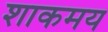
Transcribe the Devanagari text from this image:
शाकमय